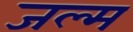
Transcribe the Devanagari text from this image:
जल्म